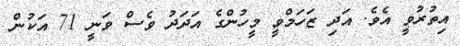
އިތުރުވީ އެވެ. އަދި ޒަހަމްވީ މީހުންގެ އަދަދު ވެސް ވަނީ 71 އަކުން